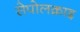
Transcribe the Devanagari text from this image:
सेपोलक्राइ